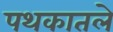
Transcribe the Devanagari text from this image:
पथकातले